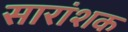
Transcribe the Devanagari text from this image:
सारांशक